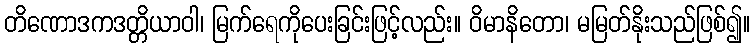
တိဏောဒကဒတ္တိယာဝါ၊ မြက်ရေကိုပေးခြင်းဖြင့်လည်း။ ဝိမာနိတော၊ မမြတ်နိုးသည်ဖြစ်၍။